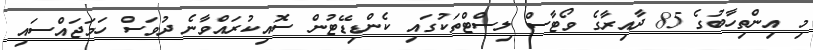
މި އިންތިހާބުގެ 85 ދާއިރާގެ ވޯޓާސް ލިސްޓްތަކުގައި ކެންޑިޑޭޓުން ސޮއިކުރައްވާނެ ދުވަސް ހަމަޖައްސައި